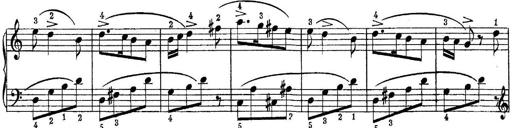
Title: Piano Sonatina No.1 in C major
Composer: Tadeusz Joteyko
Key: C major